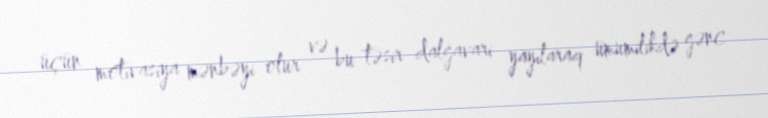
üçün motivasiya mənbəyi olur və bu təsir dalğavari yayılaraq ümumilikdə gənc